Leaving Certificate Examination, 1922
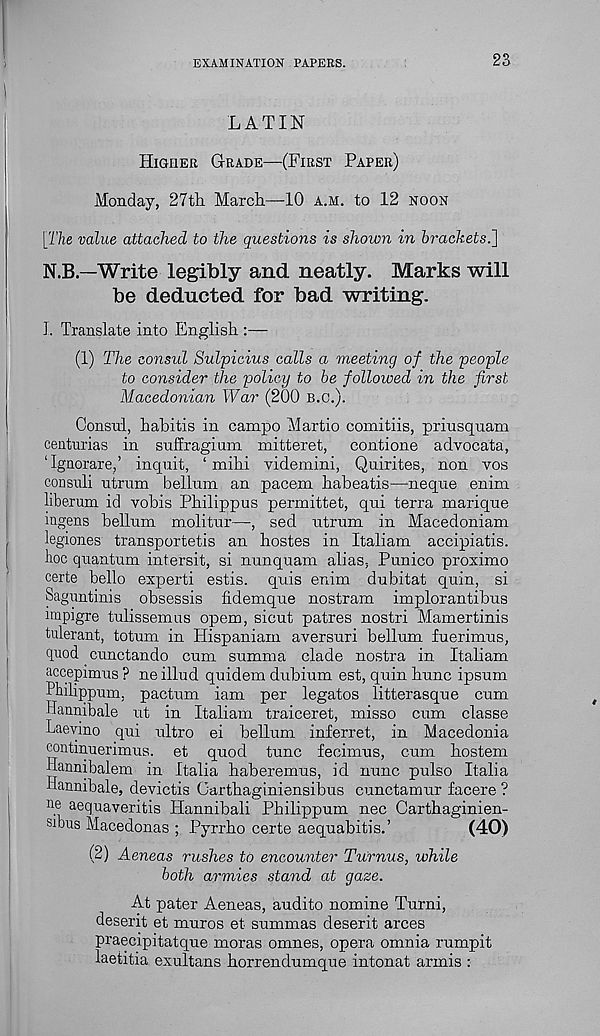
EXAMINATION PAPERS.
23
LATIN
HIGHER GRADE—(FIRST PAPER)
Monday, 27th March—10 A.M. to 12 NOON
[The value attached to the questions is shown in brackets.]
N.B.—Write legibly and neatly. Marks will
be deducted for bad writing.
1. Translate into English
(1) The consul Sulpicius calls a meeting of the people
to consider the policy to be followed in the first
Macedonian War (200 B.C.).
Consul, habitis in campo Martio comitiis, priusquam
centurias in snffragium mitteret, contione advocata,
‘Igaorare,’ inquit, ‘ mihi videmini, Quirites, non vos
consuli utrum bellunx an pacem habeatis—neque enim
liberum id vobis Philippus permittet, qui terra marique
ingens bellum molitur—, sed utrum in Macedoniam
legiones transporters an hostes in Italiam accipiatis.
hoc quantum intersit, si nunquam alias, Punico proximo
certe bello experti estis. quis enim dubitat quin, si
Saguntinis obsessis fidemque nostrum implorantibus
impigre tulissemus opem, sicut patres nostri Mamertinis
tulerant, totum in Hispaniam aversuri bellum fuerimus,
quod cunctando cum summa clade nostra in Italiam
accepimus ? ne illud quidem dubium est, quin hunc ipsum
Philippum, pactum iam per legates litterasque cum
Hannibale ut in Italiam traiceret, misso cum classe
Lae vino qui ultro ei bellum inferret, in Macedonia
eontmuerimus. et quod tunc fecimus, cum hostem
Hannibalem in Italia haberemus, id nunc pulso Italia
hannibale, devictis Carthaginiensibus cunctamur facere ?
ne aequaveritis Hannibali Philippum nec Carthaginien-
sibus Macedonas ; Pyrrho certe aequabitis.’
(40)
(2) Aeneas rushes to encounter Turnus, while
both armies stand at gaze.
At pater Aeneas, audito nomine Turni,
deserit et muros et summas deserit arces
praecipitatque moras omnes, opera omnia rumpit
laetitia exultans horrendumque intonat armis :